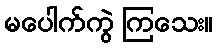
မပေါက်ကွဲ ကြသေး။